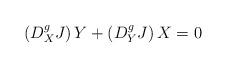
LaTeX: \begin{align*}\left(D^g_XJ\right)Y+\left(D^g_YJ\right)X=0\end{align*}